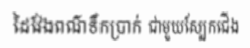
ដៃវែងពណ៌ទឹកប្រាក់ ជាមួយស្បែកជើង